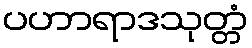
ပဟာရာဒသုတ္တံ